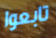
تابعوا